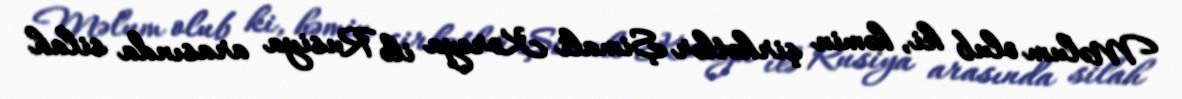
Məlum olub ki, həmin şirkətlər Şimali Koreya ilə Rusiya arasında silah